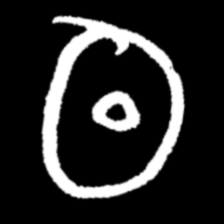
Pyu character \u2014 Myanmar letter: ထ (romanized: tha)